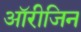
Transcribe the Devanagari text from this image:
ऑरीजिन